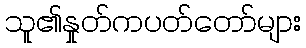
သူ၏နှုတ်ကပတ်တော်များ